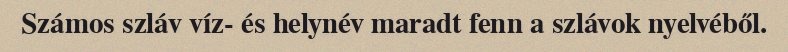
Számos szláv víz- és helynév maradt fenn a szlávok nyelvéből.